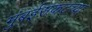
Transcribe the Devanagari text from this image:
मुंबईसकटच्या